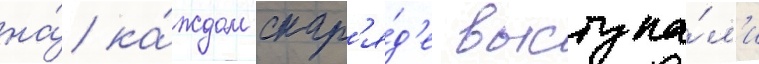
на́ ка́ждом снар'я́д'е выступа́л'и